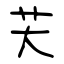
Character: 芖